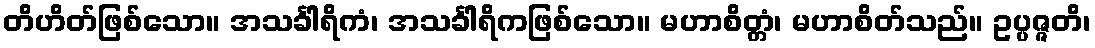
တိဟိတ်ဖြစ်သော။ အသင်္ခါရိကံ၊ အသင်္ခါရိကဖြစ်သော။ မဟာစိတ္တံ၊ မဟာစိတ်သည်။ ဥပ္ပဇ္ဇတိ၊